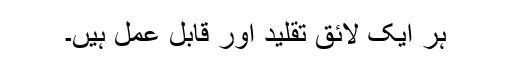
ہر ایک لائق تقلید اور قابل عمل ہیں۔